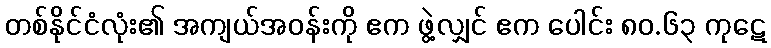
တစ်နိုင်ငံလုံး၏ အကျယ်အဝန်းကို ဧက ဖွဲ့လျှင် ဧက ပေါင်း ၈၀.၆၃ ကုဋေ